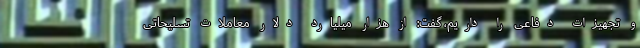
و تجهیزات دفاعی را داریم، گفت: از هزار میلیارد دلار معاملات تسلیحاتی